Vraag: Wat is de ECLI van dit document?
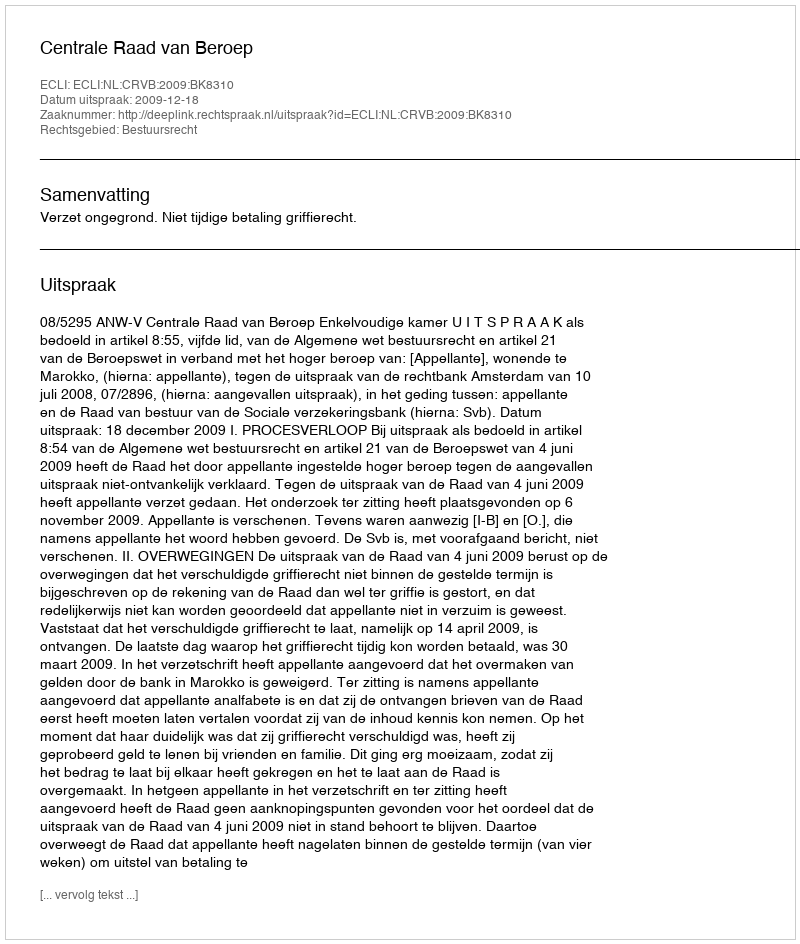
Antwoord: ECLI:NL:CRVB:2009:BK8310